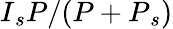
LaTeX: I{_s}P/(P+P{_s})